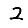
Digit: 2